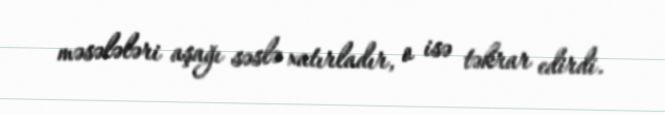
məsələləri aşağı səslə xatırladır, o isə təkrar edirdi.